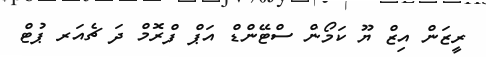
ރީޒަން އިޒް ޔޫ ކަމޯން ސްޓޭންޑް އަޕް ފްރޮމް ދަ ޗެއަރ ޕުޓް